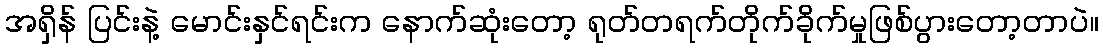
အရှိန် ပြင်းနဲ့ မောင်းနှင်ရင်းက နောက်ဆုံးတော့ ရုတ်တရက်တိုက်ခိုက်မှုဖြစ်ပွားတော့တာပဲ။